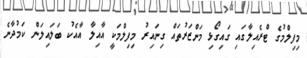
މިފިލްމުގެ ޓްރެއިލާގައި ގައިގޯޅި މަންޒަރުތައް ގިނައިރު މިފިލްމަކީ އާއިލާ އާއެކު ބަލައިލަން ކަމުދާނެ